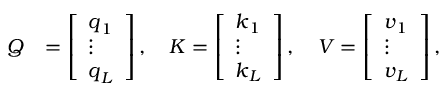
\begin{array} { r l } { Q } & { = \left[ \begin{array} { l } { \boldsymbol { q } _ { 1 } } \\ { \vdots } \\ { \boldsymbol { q } _ { L } } \end{array} \right] , \ \ \ K = \left[ \begin{array} { l } { \boldsymbol { k } _ { 1 } } \\ { \vdots } \\ { \boldsymbol { k } _ { L } } \end{array} \right] , \ \ \ V = \left[ \begin{array} { l } { \boldsymbol { v } _ { 1 } } \\ { \vdots } \\ { \boldsymbol { v } _ { L } } \end{array} \right] , } \end{array}